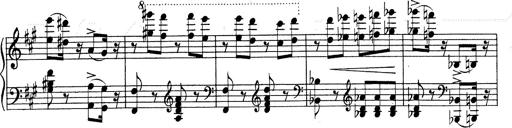
Title: Mephisto Waltz No.1
Composer: Franz Liszt